Medical and sanitary report of the native army of Madras for the year
Year: 1875
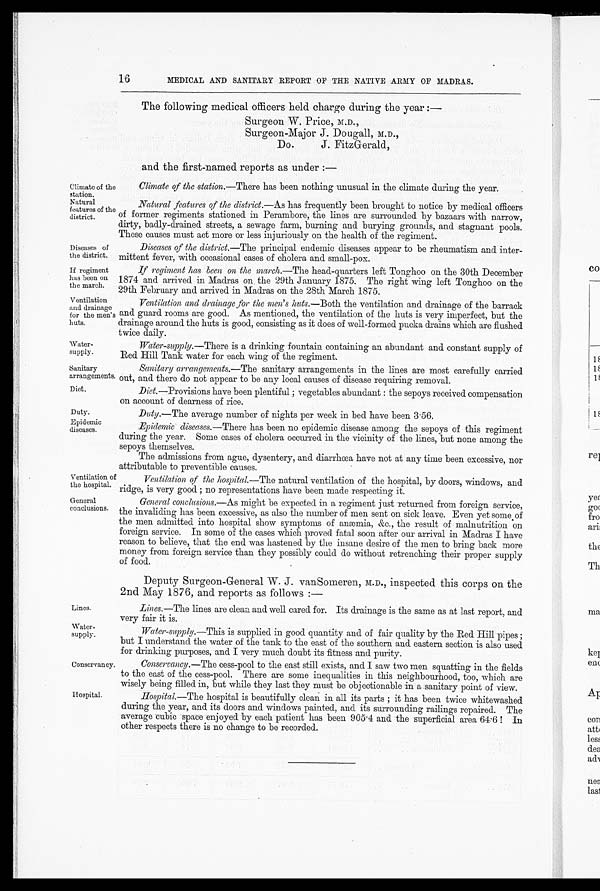
Climate of the
station.
Natural
features of the
district.
Diseases of
the district.
If regiment
has been on
the march.
Ventilation
and drainage
for the men's huts.
Water-
supply.
Sanitary
arrangements.
Diet.
Duty.
Epidemic
diseases.
Ventilation of
the hospital.
General
conclusions.
Lines.
Water-
supply.
Conservancy.
Hospital.
16
MEDICAL AND SANITARY REPORT OF THE NATIVE ARMY OF MADRAS.
The following medical officers held charge during the year :—
Surgeon W. Price, M.D.,
Surgeon-Major J. Dougall, M . D . ,
Do. J. FitzGerald,
and the first-named reports as under :—
Climate of the station .—There has been nothing unusual in the climate during the year.
Natural features of the district.—As has frequently been brought to notice by medical officers
of former regiments stationed in Perambore, the lines are surrounded by bazaars with narrow,
dirty, badly-drained streets, a sewage farm, burning and burying grounds, and stagnant pools.
These causes must act more or less injuriously on the health of the regiment.
Diseases of the district .—The principal endemic diseases appear to be rheumatism and inter
-mittent fever, with occasional cases of cholera and small-pox.
If regiment has been on the march .—The head-quarters left Tonghoo on the 30th December
1874 and arrived in Madras on the 29th January 1875. The right wing left Tonghoo on the
29th February and arrived in Madras on the 28th March 1875.
Ventilation and drainage for the men's huts.—Both the ventilation and drainage of the barrack
and guard rooms are good. As mentioned, the ventilation of the huts is very imperfect, but the
drainage around the huts is good, consisting as it does of well-formed pucka drains which are flushed
twice daily.
Water-supply.—There is a drinking fountain containing an abundant and constant supply of
Red Hill Tank water for each wing of the regiment.
Sanitary arrangements.—The sanitary arrangements in the lines are most carefully carried
out, and there do not appear to be any local causes of disease requiring removal.
Diet.—Provisions have been plentiful; vegetables abundant: the sepoys received compensation
on account of dearness of rice.
Duty.—The average number of nights per week in bed have been 3.56.
Epidemic diseases .—There has been no epidemic disease among the sepoys of this regiment
during the year. Some cases of cholera occurred in the vicinity of the lines, but none among the
sepoys themselves.
The admissions from ague, dysentery, and diarrhœa have not at any time been excessive, nor
attributable to preventible causes.
Ventilation of the hospital.—The natural ventilation of the hospital, by doors, windows, and
ridge, is very good ; no representations have been made respecting it.
General conclusions. —As might be expected in a regiment just returned from foreign service,
the invaliding has been excessive, as also the number of men sent on sick leave. Even yet some of
the men admitted into hospital show symptoms of anæmia, &c., the result of malnutrition on
foreign service. In some of the cases which proved fatal soon after our arrival in Madras I have
reason to believe, that the end was hastened by the insane desire of the men to bring back more
money from foreign service than they possibly could do without retrenching their proper supply
of food.
Deputy Surgeon-General W. J. vanSomeren, M.D., inspected this corps on the
2nd May 1876, and reports as follows :—
Lines.—The lines are clean and well cared for. Its drainage is the same as at last report, and
very fair it is.
Water-supply.—This is supplied in good quantity and of fair quality by the Red Hill pipes;
but I understand the water of the tank to the east of the southern and eastern section is also used
or drinking purposes, and I very much doubt its fitness and purity.
Conservancy .—The cess-pool to the east still exists, and I saw two men squatting in the fields
to the east of the cess-pool. There are some inequalities in this neighbourhood, too, which are
wisely being filled in, but while they last they must be objectionable in a sanitary point of view.
Hospital.—The hospital is beautifully clean in all its parts; it has been twice whitewashed
during the year, and its doors and windows painted, and its surrounding railings repaired. The
average cubic space enjoyed by each patient has been 905.4 and the superficial area 64.6 ! In
other respects there is no change to be recorded.